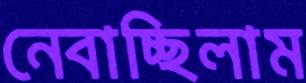
নেবাচ্ছিলাম